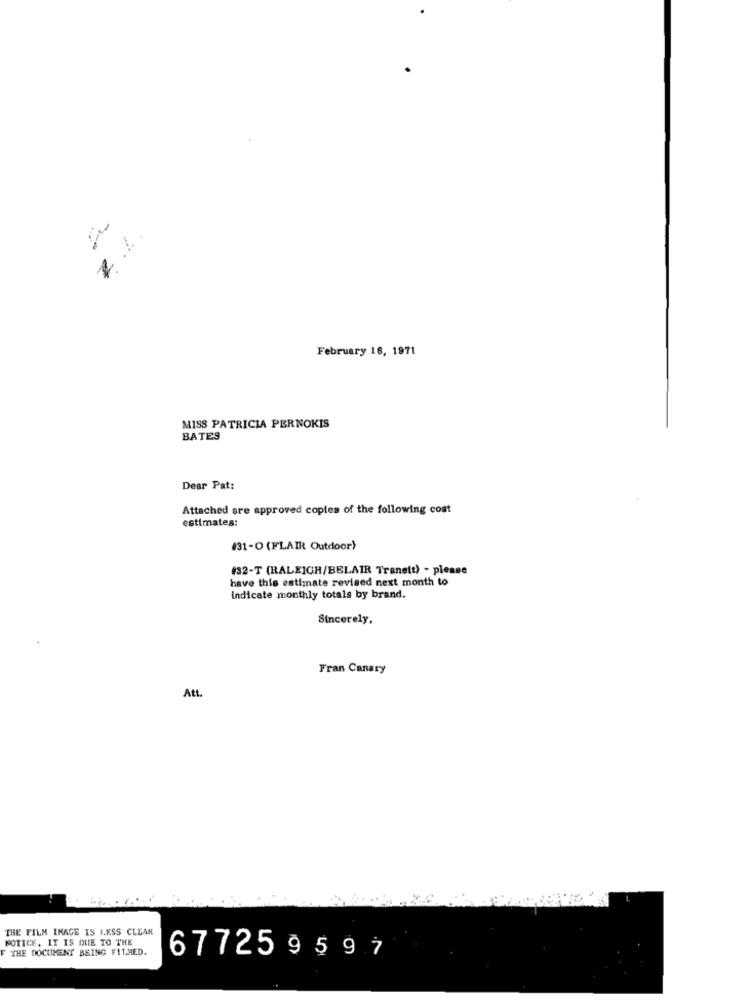
7 z
February 16, 1971
MISS PATRICIA PERNOKIS
BATES
Dear Pat:
Attached are approved copies of the following cost
estimates:
#31-0 (FLAIR Outdoor)
#32-T (RALEIGH/BELAIR Tranett) - please
have this estimate revised next month to
indicate monthly totals by brand.
Sincerely,
Fran Canary
Att.
THE FILM IMAGE IS LESS CLEAR
NOTICH, IT IS DUE TO THE
F THE DOCUMENT BEING FIL.MED.
677259597